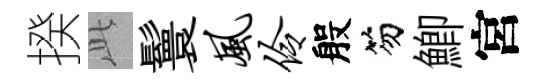
揆𬼘鬟风伶般笏鯽宮